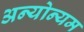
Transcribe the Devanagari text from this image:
अन्योन्यम